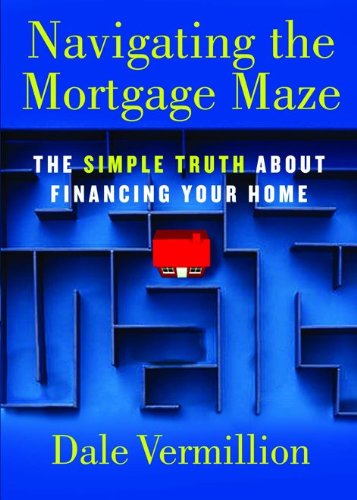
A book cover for Navigating the Mortgage Maze: The Simple Truth About Financing Your Home; Dale Vermillion; Business & Money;